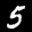
Label: 5